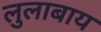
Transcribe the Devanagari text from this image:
लुलाबाय